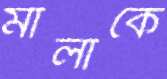
মালাকে